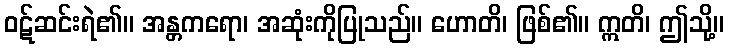
ဝဋ်ဆင်းရဲ၏။ အန္တကရော၊ အဆုံးကိုပြုသည်။ ဟောတိ၊ ဖြစ်၏။ ဣတိ၊ ဤသို့။